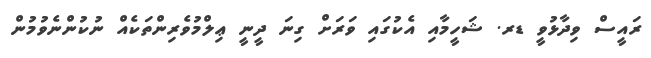
ރައީސް ވިދާޅުވީ ޑރ. ޝަހީމާއި އެކުގައި ވަރަށް ގިނަ ދީނީ ޢިލްމުވެރިންތަކެއް ނުކުންނެވުމުން